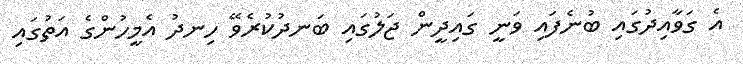
އެ ގަވާއިދުގައި ބުނެފައި ވަނީ ގައިދީން ޖަލުގައި ބަނދުކުރެވޭ ހިނދު އެމީހުންގެ އަތުގައި